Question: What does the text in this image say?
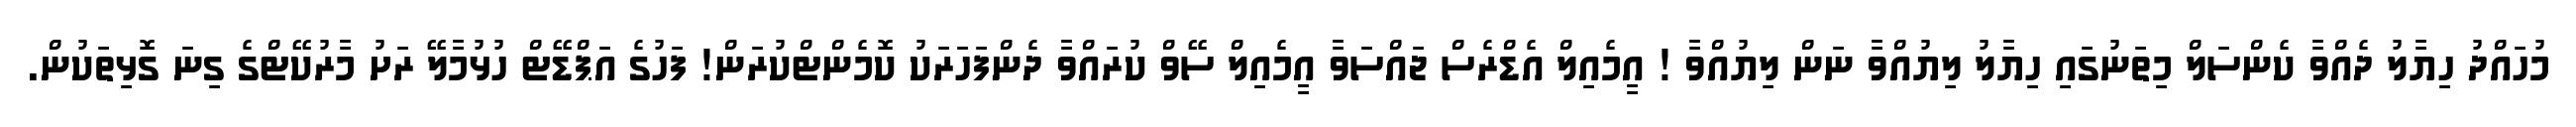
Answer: މުހައްދު ހިޔާލު ދެއްވާ ކެންސަލް މިތަނުގައި ހިޔާލު ލިޔުއްވާ ނަން ލިޔުއްވާ ! އީމެއިލް އެޑްރެސް ޖައްސަވާ އީމެއިލް ސޭވް ކުރައްވާ ދެންފަހަރަކު ކޮމެންޓްކުރަން! ފަހުގެ އަޕްޑޭޓް ހުޅުމާލޭ ރަށު މާރުކޭޓްގެ ގިނަ ގޮޅިތަކުން.